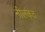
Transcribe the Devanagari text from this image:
नीलकठ